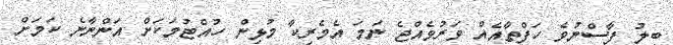
ބިލު ފާސްނުވެ ހަފްތާއެއް ވަރުވެއްޖެ ނަމަ އެމެރިކާ މުޅިން ހުއްޓުމަކަށް އަންނާނެ ކަމަށް